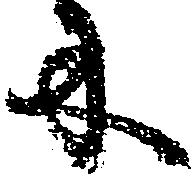
に